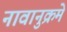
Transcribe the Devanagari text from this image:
नावानुक्रमे